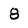
Character: 8